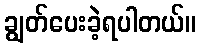
ချွတ်ပေးခဲ့ရပါတယ်။